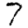
Digit: 7